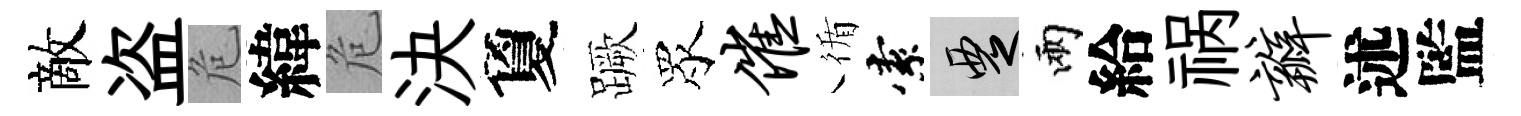
敵盗危緯危決夐蹶眾催循索覂兩給祸瓣述監